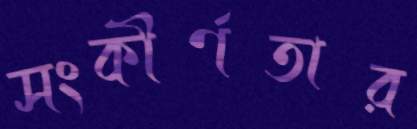
সংকীর্ণতার